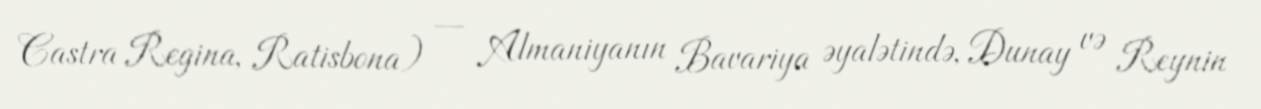
Castra Regina, Ratisbona) — Almaniyanın Bavariya əyalətində, Dunay və Reynin